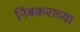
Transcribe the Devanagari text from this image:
निंबकराच्या